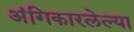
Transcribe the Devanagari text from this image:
अंगिकारलेल्या